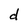
Character: d